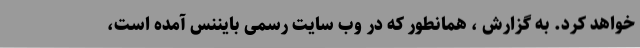
خواهد کرد. به گزارش ، همانطور که در وب سایت رسمی بایننس آمده است،